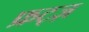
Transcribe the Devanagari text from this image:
फ्रट्ज़